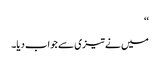
‘‘
میں نے تیزی سے جواب دیا۔